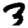
Digit: 3